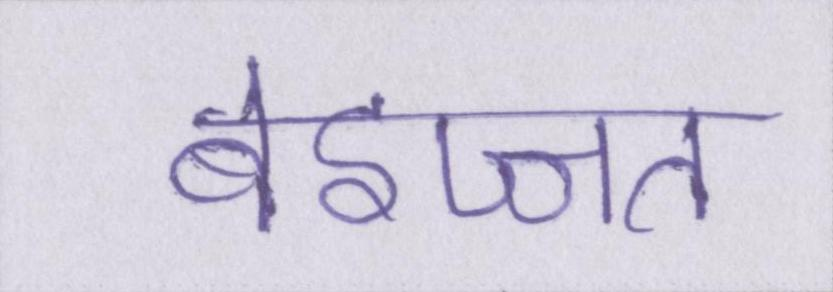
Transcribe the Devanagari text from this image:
बेइज्जत